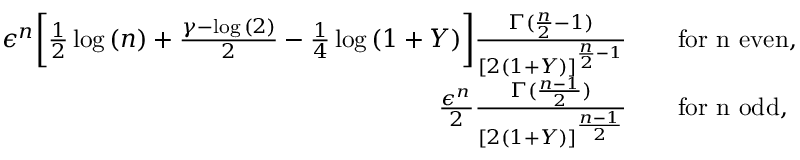
\begin{array} { r l } { \epsilon ^ { n } \bigg [ \frac { 1 } { 2 } \log { ( n ) } + \frac { \gamma - \log { ( 2 ) } } { 2 } - \frac { 1 } { 4 } \log { ( 1 + Y ) } \bigg ] \frac { \Gamma ( \frac { n } { 2 } - 1 ) } { [ 2 ( 1 + Y ) ] ^ { \frac { n } { 2 } - 1 } } } & { \quad \mathrm { f o r ~ n ~ e v e n } , } \\ { \frac { \epsilon ^ { n } } { 2 } \frac { \Gamma ( \frac { n - 1 } { 2 } ) } { [ 2 ( 1 + Y ) ] ^ { \frac { n - 1 } { 2 } } } } & { \quad \mathrm { f o r ~ n ~ o d d } , } \end{array}